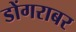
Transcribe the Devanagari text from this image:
डोंगराबर